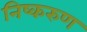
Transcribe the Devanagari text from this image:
निष्करुण